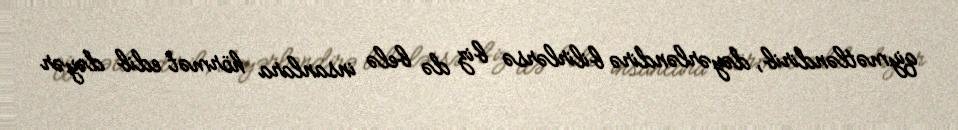
qiymətləndirib, dəyərləndirə bilirlərsə biz də belə insanlara hörmət edib dəyər